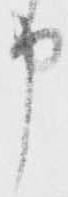
申